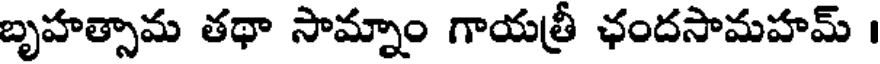
బృహత్సామ తథా సామ్నాం గాయత్రీ ఛందసామహమ్ ।